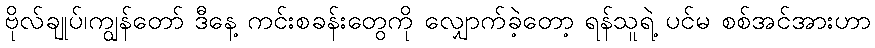
ဗိုလ်ချုပ်၊ကျွန်တော် ဒီနေ့ ကင်းစခန်းတွေကို လျှောက်ခဲ့တော့ ရန်သူရဲ့ ပင်မ စစ်အင်အားဟာ